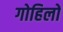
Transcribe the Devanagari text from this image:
गोहिलों